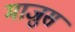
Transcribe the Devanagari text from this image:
माजुस